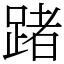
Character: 踷